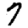
Digit: 7